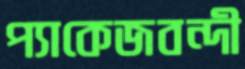
প্যাকেজবন্দী